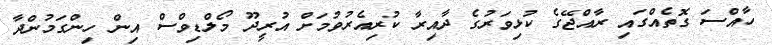
ހާއްސަ ގޮތެއްގައި ރާއްޖޭގެ ކުޅިވަރުގެ ދާއިރާ ކުރިއެރުވުމަށް އުރީދޫ މޯލްޑިވްސް އިން ހިންގަމުންދާ